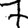
Digit: 7